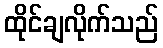
ထိုင်ချလိုက်သည်